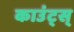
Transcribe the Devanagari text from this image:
काउंट्स्